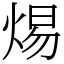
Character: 焬